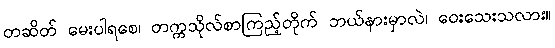
တဆိတ် မေးပါရစေ၊ တက္ကသိုလ်စာကြည့်တိုက် ဘယ်နားမှာလဲ၊ ဝေးသေးသလား။